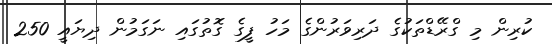
ކުރިން މި ގްރޭޑްތަކުގެ ދަރިވަރުންގެ މަހު ފީގެ ގޮތުގައި ނަގަމުން ދިޔައީ 250